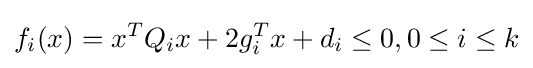
f_{i}(x)=x^{T}Q_{i}x+2g_{i}^{T}x+d_{i}\leq 0,0\leq i\leq k